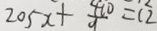
2 0 5 x + \frac { 4 1 0 } { 9 } = 1 2